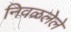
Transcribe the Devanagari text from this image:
निवळलेले